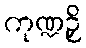
ကုဏ္ဍဉှိ